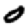
Digit: 0